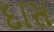
દાસ